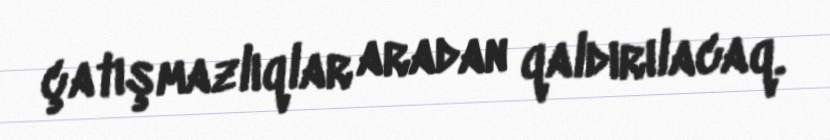
çatışmazlıqlar aradan qaldırılacaq.